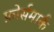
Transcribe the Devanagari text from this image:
फ़ोर्समार्क